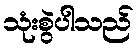
သုံးစွဲပါသည်